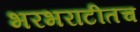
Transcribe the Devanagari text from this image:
भरभराटीतच